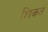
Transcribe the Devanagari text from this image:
शिकतं